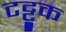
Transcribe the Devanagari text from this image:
टट्टूक